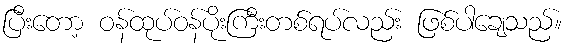
ပြီးတော့ ဝန်ထုပ်ဝန်ပိုးကြီးတစ်ရပ်လည်း ဖြစ်ပါချေသည်။